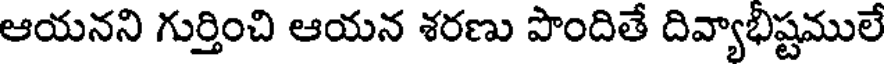
ఆయనని గుర్తించి ఆయన శరణు పొందితే దివ్యాభిష్టములే